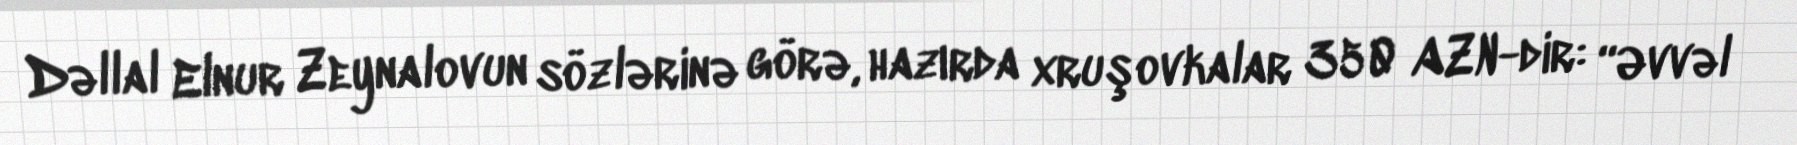
Dəllal Elnur Zeynalovun sözlərinə görə, hazırda xruşovkalar 350 AZN-dir: “Əvvəl